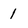
Character: 1